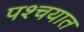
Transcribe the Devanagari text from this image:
पश्चयात